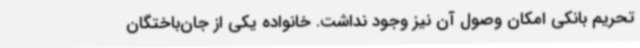
تحریم بانکی امکان وصول آن نیز وجود نداشت. خانواده یکی از جان‌باختگان